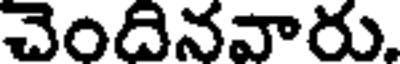
చెందినవారు,